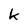
Character: k